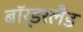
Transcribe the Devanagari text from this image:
बॉर्डरलैंड